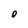
Character: O